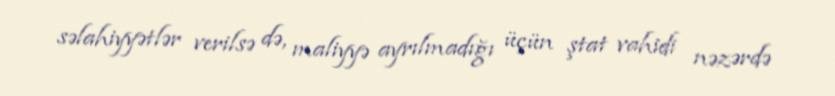
səlahiyyətlər verilsə də, maliyyə ayrılmadığı üçün ştat vahidi nəzərdə